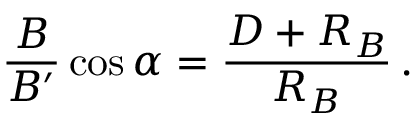
{ \frac { B } { B ^ { \prime } } } \cos \alpha = { \frac { D + R _ { B } } { R _ { B } } } \, .